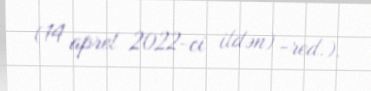
(14 aprel 2022-ci ildən) -red.).